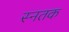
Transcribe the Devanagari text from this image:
स्नतक